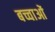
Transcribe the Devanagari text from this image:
बच्चाओं